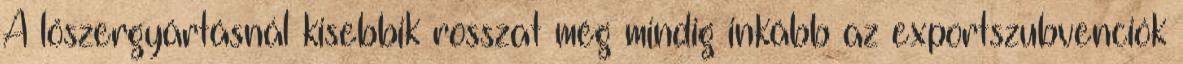
A lőszergyártásnál kisebbik rosszat még mindig inkább az exportszubvenciók